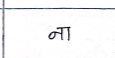
मजकूर: ना